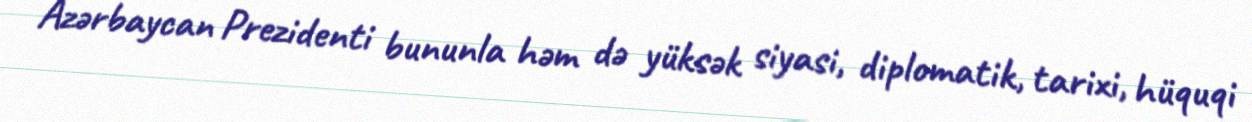
Azərbaycan Prezidenti bununla həm də yüksək siyasi, diplomatik, tarixi, hüquqi